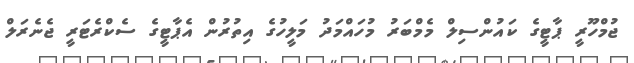
ޖުމްހޫރީ ޕާޓީގެ ކައުންސިލް މެމްބަރު މުހައްމަދު މަލީހުގެ އިތުރުން އެޕާޓީގެ ސެކްރެޓަރީ ޖެނެރަލް